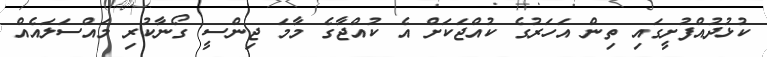
ކުޅުދުއްފުށީގައި ތިން އަހަރުގެ ކުއްޖަކަށް އެ ކުއްޖާގެ މާމަ ޖިންސީ ގޯނާކުރި މައްސަލައެއް